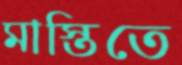
মাস্তিতে